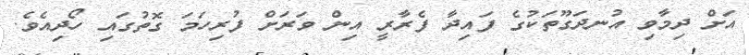
އަށް ދިމާވި އުނދަގޫތަކުގެ ފައިދާ ފެރާރީ އިން ވަރަށް ފުރިހަމަ ގޮތުގައި ހޯދިއެވެ.